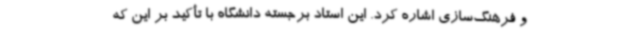
و فرهنگ‌سازی اشاره کرد. این استاد برجسته دانشگاه با تأکید بر این که